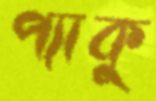
প্যাকু